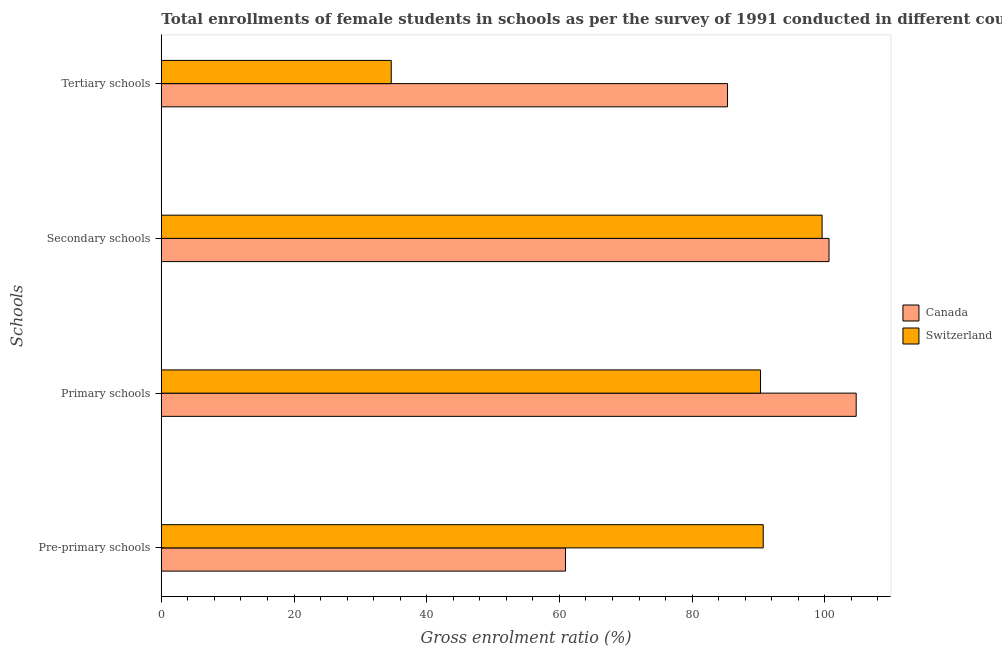
| Schools | Canada | Switzerland |
 | --- | --- | --- |
 | Pre-primary schools | 60.9 | 90.7 |
 | Primary schools | 105 | 90.3 |
 | Secondary schools | 101 | 99.6 |
 | Tertiary schools | 85.3 | 34.7 |